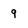
Character: 9